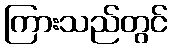
ကြားသည်တွင်